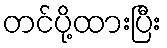
တင်ပို့ထားပြီး